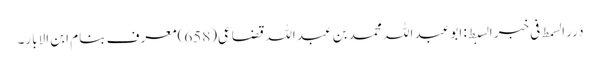
درر السمط فی خبر السبط: ابو عبد اللہ محمد بن عبد اللہ قضاعی(658)معرف بنام ابن الابار۔